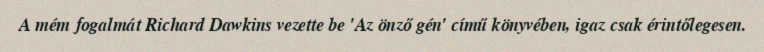
A mém fogalmát Richard Dawkins vezette be 'Az önző gén' című könyvében, igaz csak érintőlegesen.